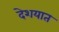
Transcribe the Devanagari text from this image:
देशयात